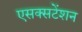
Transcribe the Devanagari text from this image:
एसक्सटेंशन